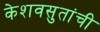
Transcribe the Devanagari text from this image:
केशवसुतांची